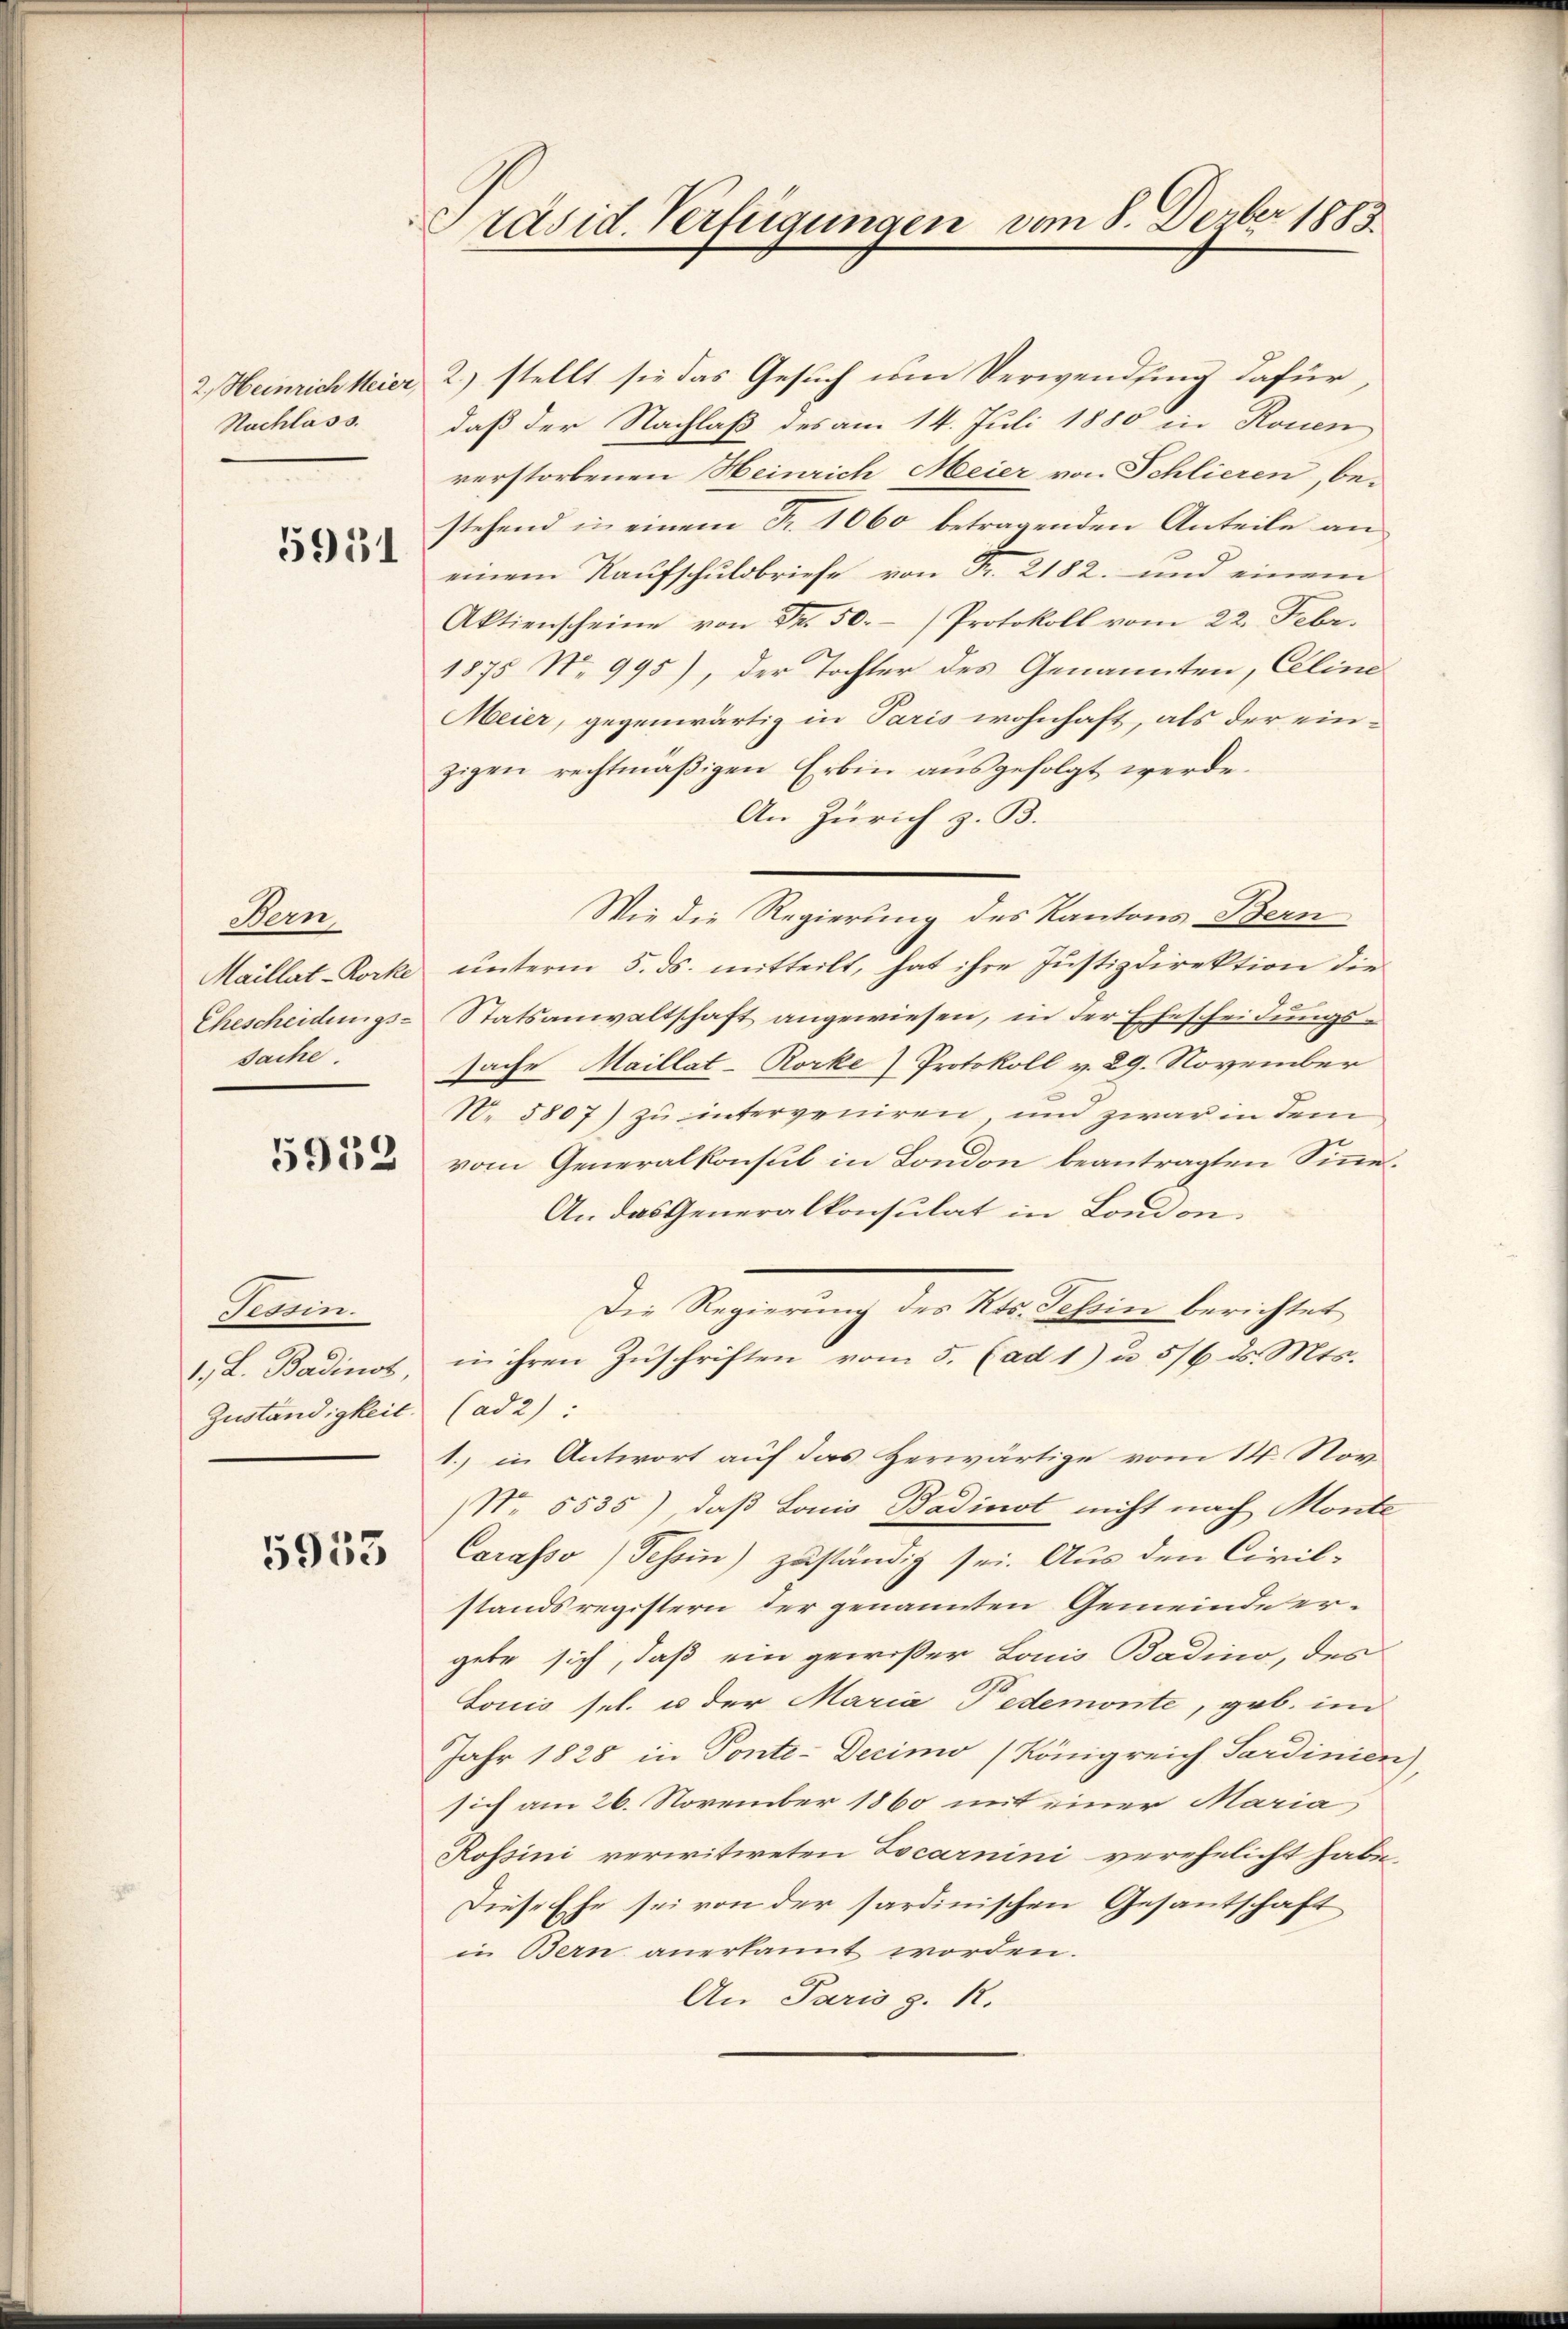
2. Heinrich Meier,
Nachlass.

5951

Hein
Maillat-Rorke
Ehescheidungs-
Sache.

5953

Tessin.
1. L. Badinst
Zuständigkeit.

5953

Präsid. Verfügungen vom 8. Dezbr 1883.

2) stellt sie das Gesuch um Verwendung dafür
daß der Nachlaß des am 14. Juli 1880 in Rouen
verstorbenen Heinrich Meier von Schlieren, be-
stehend in einem Fr. 1060 betragenden Anteile an
einem Kaufschuldbriefe von Fr. 2182. und einem
Aktienscheine von Fr. 50. Protokoll vom 22. Febr.
1875 No 995), der Tochter des Genannten, Celine
Meier, gegenwärtig in Paris wohnhaft, als der einzigen rechtmäβigen Erbin ausgefolgt werde.
An Zürich z. B.
ŭnterm 5. ds. mitteilt, hat ihre Justizdirektion die
Statsanwaltschaft angewiesen, in der Ehescheidungssache Maillat-Rorke) Protokoll v. 29. November
N. 5807) zu interveniren, um zwar in dem
vom Generalkonsul in London beantragten Sinne¬
An das Generalkonsulat in London.
Die Regierung des Kts. Tessin berichtet
in ihren Zuschriften vom 5. (ad 1) u. 5/6 d. Mts.
(ad 2):
1. in Antwort auf das Herwärtige vom 14. Nov.
No 5535) daß Lois Badinst nicht nach Monte
Carasso) Schin) zuständig sei. Aus den Civil-
standsregistern der genannten Gemeindeergebe sich, daß ein gewißer Louis Badino, des
Louis sel. u der Maria Pedemonte, geb. im
Jahr 1828 in Ponte-Decimo (Königreich Sardinien),
sich am 26. November 1860 mit einer Maria,
Rossini verwitweten Locarnini verehelicht habe,
Diese Ehe sei von der sardinischen Gesantschaft
in Bern anerkannt worden.
An Paris d. 12.

Wie die Regierung des Kantons Bern